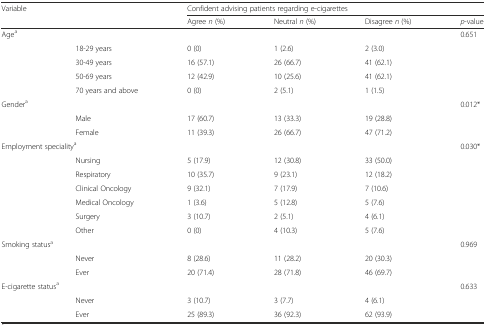
<table><thead><tr><td><b>Variable</b></td><td></td><td colspan="4"><b>Confident advising patients regarding e-cigarettes</b></td></tr><tr><td colspan="2"></td><td><b>Agree <i>n</i> (%)</b></td><td><b>Neutral <i>n</i> (%)</b></td><td><b>Disagree <i>n</i> (%)</b></td><td><b><i>p</i>-value</b></td></tr></thead><tbody><tr><td colspan="2">Age<sup>a</sup></td><td></td><td></td><td></td><td>0.651</td></tr><tr><td></td><td>18-29 years</td><td>0 (0)</td><td>1 (2.6)</td><td>2 (3.0)</td><td></td></tr><tr><td></td><td>30-49 years</td><td>16 (57.1)</td><td>26 (66.7)</td><td>41 (62.1)</td><td></td></tr><tr><td></td><td>50-69 years</td><td>12 (42.9)</td><td>10 (25.6)</td><td>41 (62.1)</td><td></td></tr><tr><td></td><td>70 years and above</td><td>0 (0)</td><td>2 (5.1)</td><td>1 (1.5)</td><td></td></tr><tr><td colspan="2">Gender<sup>a</sup></td><td></td><td></td><td></td><td>0.012*</td></tr><tr><td></td><td>Male</td><td>17 (60.7)</td><td>13 (33.3)</td><td>19 (28.8)</td><td></td></tr><tr><td></td><td>Female</td><td>11 (39.3)</td><td>26 (66.7)</td><td>47 (71.2)</td><td></td></tr><tr><td colspan="2">Employment speciality<sup>a</sup></td><td></td><td></td><td></td><td>0.030*</td></tr><tr><td></td><td>Nursing</td><td>5 (17.9)</td><td>12 (30.8)</td><td>33 (50.0)</td><td></td></tr><tr><td></td><td>Respiratory</td><td>10 (35.7)</td><td>9 (23.1)</td><td>12 (18.2)</td><td></td></tr><tr><td></td><td>Clinical Oncology</td><td>9 (32.1)</td><td>7 (17.9)</td><td>7 (10.6)</td><td></td></tr><tr><td></td><td>Medical Oncology</td><td>1 (3.6)</td><td>5 (12.8)</td><td>5 (7.6)</td><td></td></tr><tr><td></td><td>Surgery</td><td>3 (10.7)</td><td>2 (5.1)</td><td>4 (6.1)</td><td></td></tr><tr><td></td><td>Other</td><td>0 (0)</td><td>4 (10.3)</td><td>5 (7.6)</td><td></td></tr><tr><td colspan="2">Smoking status<sup>a</sup></td><td></td><td></td><td></td><td>0.969</td></tr><tr><td></td><td>Never</td><td>8 (28.6)</td><td>11 (28.2)</td><td>20 (30.3)</td><td></td></tr><tr><td></td><td>Ever</td><td>20 (71.4)</td><td>28 (71.8)</td><td>46 (69.7)</td><td></td></tr><tr><td colspan="2">E-cigarette status<sup>a</sup></td><td></td><td></td><td></td><td>0.633</td></tr><tr><td></td><td>Never</td><td>3 (10.7)</td><td>3 (7.7)</td><td>4 (6.1)</td><td></td></tr><tr><td></td><td>Ever</td><td>25 (89.3)</td><td>36 (92.3)</td><td>62 (93.9)</td><td></td></tr></tbody></table>